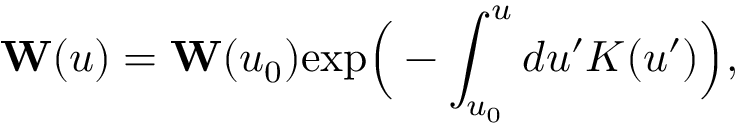
{ \bf W } ( u ) = { \bf W } ( u _ { 0 } ) \mathrm { e x p } \Big ( - \int _ { u _ { 0 } } ^ { u } d u ^ { \prime } K ( u ^ { \prime } ) \Big ) ,